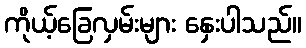
ကိုယ့်ခြေလှမ်းများ နှေးပါသည်။